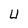
Character: U